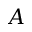
A